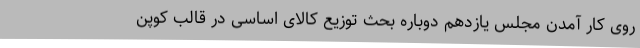
روی کار آمدن مجلس یازدهم دوباره بحث توزیع کالای اساسی در قالب کوپن